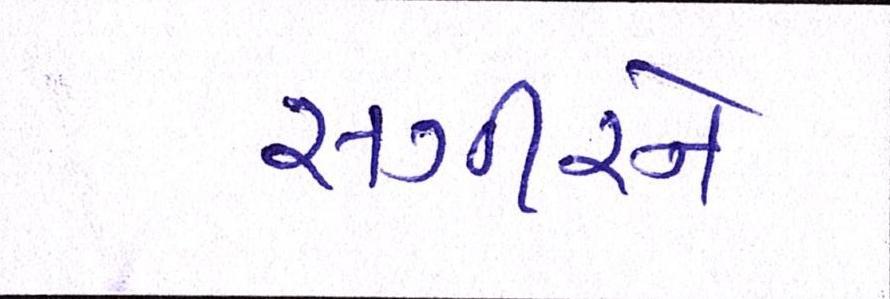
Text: સગીરને